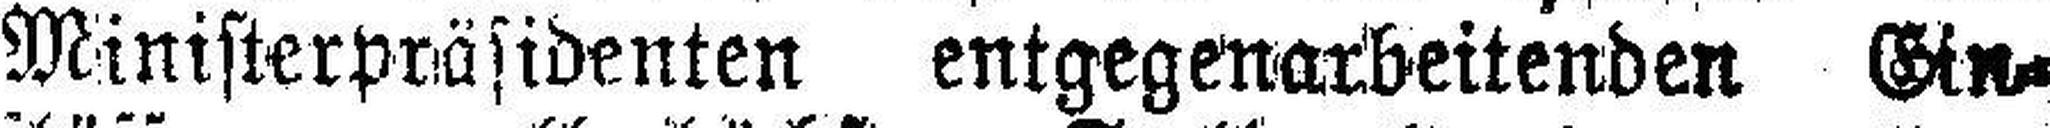
Ministerpräsidenten entgegenarbeitenden Gin¬